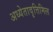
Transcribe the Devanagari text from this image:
अध्येतावृत्तिमिल